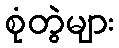
စုံတွဲများ